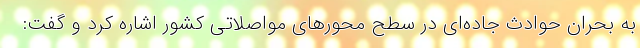
به بحران حوادث جاده‌ای در سطح محورهای مواصلاتی کشور اشاره کرد و گفت: